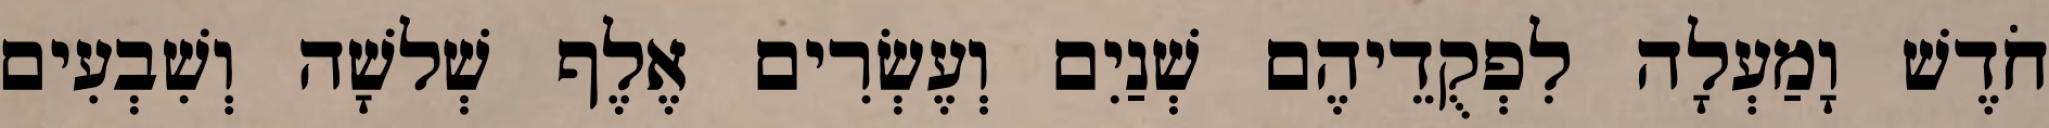
חֹדֶשׁ וָמַעְלָה לִפְקֻדֵיהֶם שְׁנַיִם וְעֶשְׂרִים אֶלֶף שְׁלשָׁה וְשִׁבְעִים